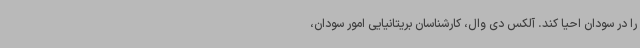
را در سودان احیا کند. آلکس دی وال، کارشناسان بریتانیایی امور سودان،